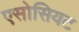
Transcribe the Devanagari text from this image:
एसोसियट